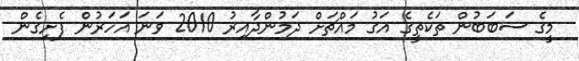
މީގެ ސަބަބުން ތަކެތީގެ އަގު މައްޗަށް ދަމުންދާއިރު 2010 ވަނަ އަހަރުން ފެށިގެން